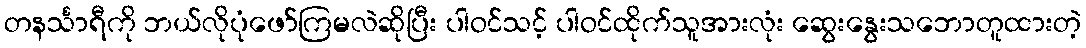
တနင်္သာရီကို ဘယ်လိုပုံဖော်ကြမလဲဆိုပြီး ပါဝင်သင့် ပါဝင်ထိုက်သူအားလုံး ဆွေးနွေးသဘောတူထားတဲ့